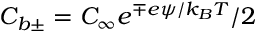
C _ { b \pm } = C _ { \infty } e ^ { \mp e \psi / k _ { B } T } / 2